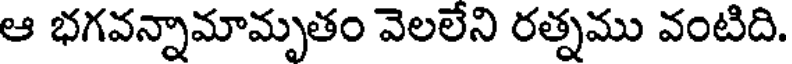
ఆ భగవన్నామామృతం వెలలేని రత్నము వంటిది.